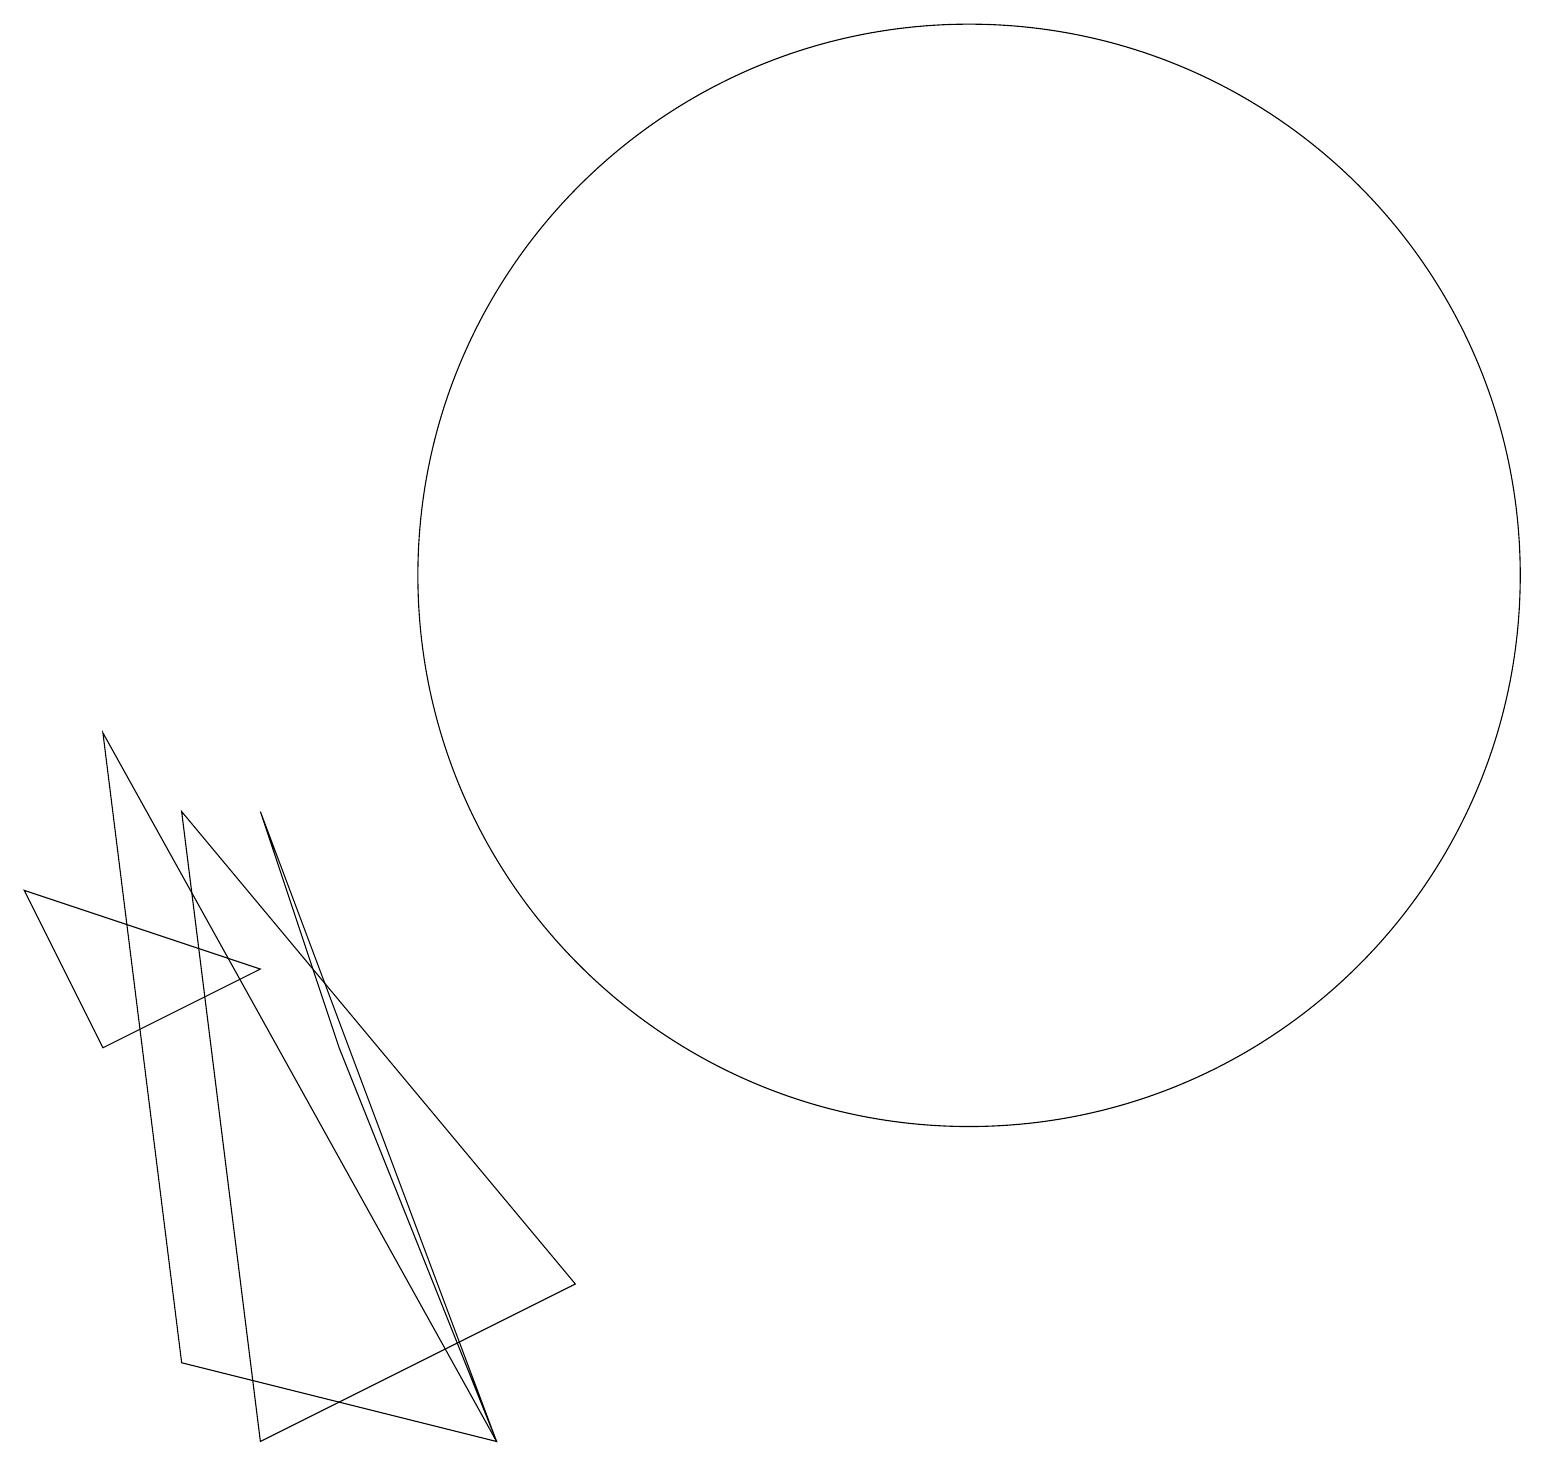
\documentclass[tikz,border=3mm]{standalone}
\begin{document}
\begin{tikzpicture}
\draw (3,0) -- (2,8) -- (7,2) -- cycle;
\draw (6,0) -- (1,9) -- (2,1) -- cycle;
\draw (6,0) -- (4,5) -- (3,8) -- cycle;
\draw (12,11) circle (7);
\draw (3,6) -- (0,7) -- (1,5) -- cycle;
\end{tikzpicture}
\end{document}